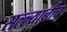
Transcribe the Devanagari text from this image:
सल्ल्यानीच